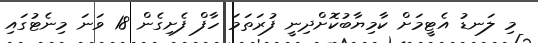
މި ލަނޑު އެޓީމަށް ކާމިޔާބުކޮށްދިނީ ފުރަތަމަ ހާފް ފެށިގެން 18 ވަނަ މިނެޓުގައި